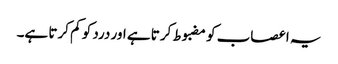
یہ اعصاب کو مضبوط کرتا ہے اور درد کو کم کرتا ہے۔